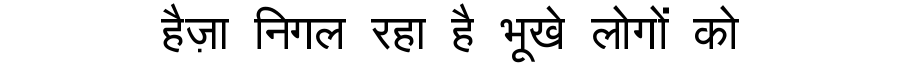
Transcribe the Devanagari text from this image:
हैज़ा निगल रहा है भूखे लोगों को